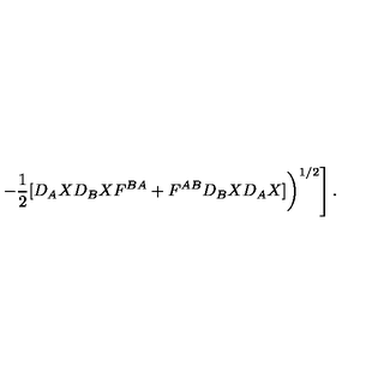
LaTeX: \left. \left. - \frac { 1 } { 2 } [ D _ { A } X D _ { B } X F ^ { B A } + F ^ { A B } D _ { B } X D _ { A } X ] \right) ^ { 1 / 2 } \right] .